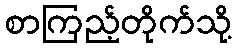
စာကြည့်တိုက်သို့